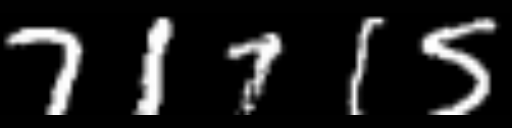
Text: 71715